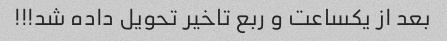
بعد از یکساعت و ربع تاخیر تحویل داده شد!!!